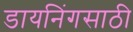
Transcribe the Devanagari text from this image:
डायनिंगसाठी